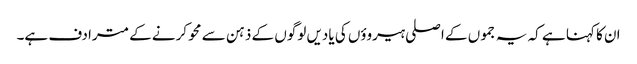
ان کا کہنا ہے کہ یہ جموں کے اصلی ہیروؤں کی یادیں لوگوں کے ذہن سے محو کرنے کے مترادف ہے۔